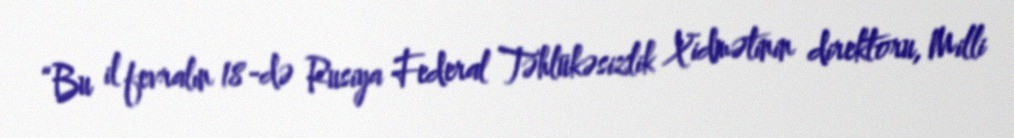
“Bu il fevralın 18-də Rusiya Federal Təhlükəsizlik Xidmətinin direktoru, Milli